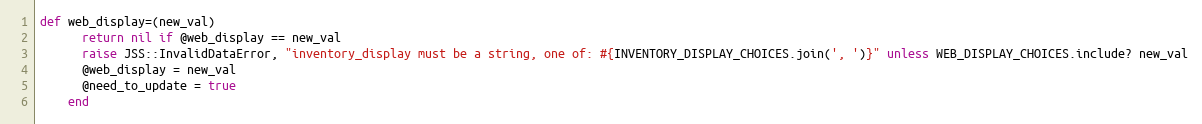
Language: Ruby
def web_display=(new_val)
      return nil if @web_display == new_val
      raise JSS::InvalidDataError, "inventory_display must be a string, one of: #{INVENTORY_DISPLAY_CHOICES.join(', ')}" unless WEB_DISPLAY_CHOICES.include? new_val
      @web_display = new_val
      @need_to_update = true
    end